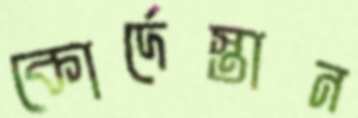
কোর্দেস্তান